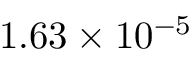
1 . 6 3 \times 1 0 ^ { - 5 }